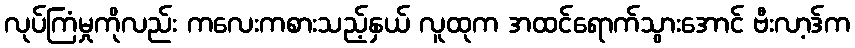
လုပ်ကြံမှုကိုလည်း ကလေးကစားသည့်နှယ် လူထုက အထင်ရောက်သွားအောင် ဗီးလာ့ဒ်က